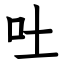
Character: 吐